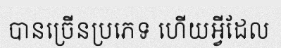
បានច្រើនប្រភេទ ហើយអ្វីដែល